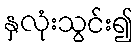
နှလုံးသွင်း၍